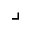
\lrcorner